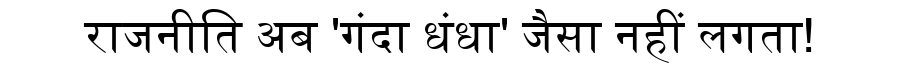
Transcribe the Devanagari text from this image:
राजनीति अब 'गंदा धंधा' जैसा नहीं लगता!